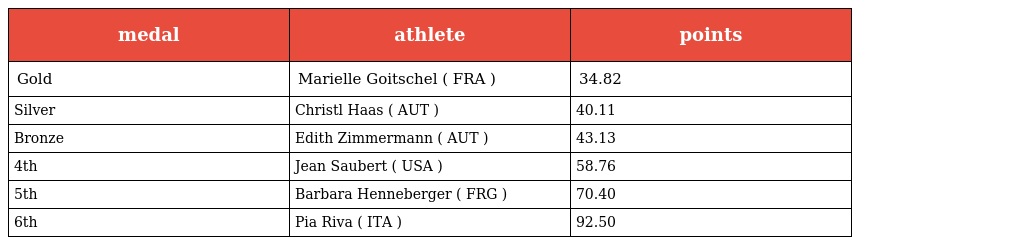
| medal | athlete | points |
 | --- | --- | --- |
 | Gold | Marielle Goitschel ( FRA ) | 34.82 |
 | Silver | Christl Haas ( AUT ) | 40.11 |
 | Bronze | Edith Zimmermann ( AUT ) | 43.13 |
 | 4th | Jean Saubert ( USA ) | 58.76 |
 | 5th | Barbara Henneberger ( FRG ) | 70.40 |
 | 6th | Pia Riva ( ITA ) | 92.50 |